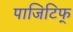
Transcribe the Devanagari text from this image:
पाजिटिफ्